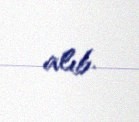
alıb.